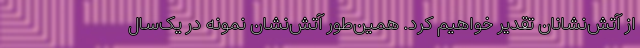
از آتش‌نشانان تقدیر خواهیم کرد. همین‌طور آتش‌نشان نمونه در یک‌سال